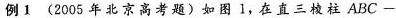
例1 ( 2005年北京高考题 ) 如图1，在直三棱柱ABC-